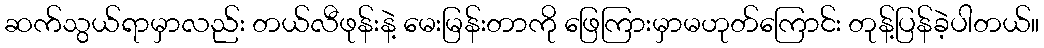
ဆက်သွယ်ရာမှာလည်း တယ်လီဖုန်းနဲ့ မေးမြန်းတာကို ဖြေကြားမှာမဟုတ်ကြောင်း တုန့်ပြန်ခဲ့ပါတယ်။